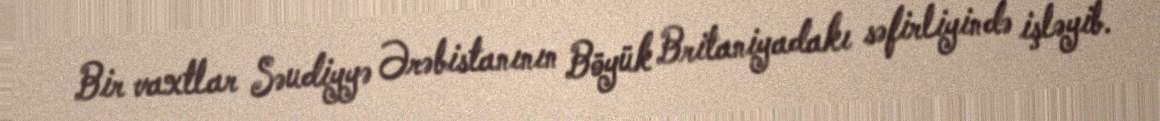
Bir vaxtlar Səudiyyə Ərəbistanının Böyük Britaniyadakı səfirliyində işləyib.